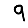
Digit: 9